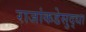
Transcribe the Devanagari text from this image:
राजांकडेसुद्धा